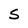
Character: S